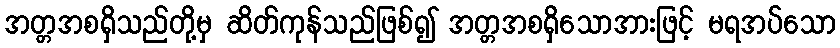
အတ္တအစရှိသည်တို့မှ ဆိတ်ကုန်သည်ဖြစ်၍ အတ္တအစရှိသောအားဖြင့် မရအပ်သော